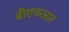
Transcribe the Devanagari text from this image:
बीएफआर